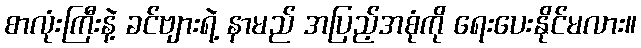
စာလုံးကြီးနဲ့ ခင်ဗျားရဲ့ နာမည် အပြည့်အစုံကို ရေးပေးနိုင်မလား။